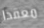
معقدا